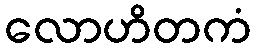
လောဟိတကံ